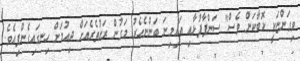
ވިގަންޏަކީ ކޮބާކަން ވެސް" ސަންޕާފުޅާއި އައިމިނަ ބަންނެހެރު މަގުން ރަށުތެރެއަށް ދިއުމަށް ހިނގައިގެންފިއެވެ.